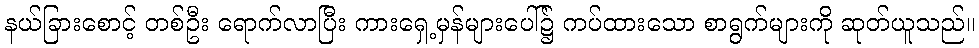
နယ်ခြားစောင့် တစ်ဦး ရောက်လာပြီး ကားရှေ့မှန်များပေါ်၌ ကပ်ထားသော စာရွက်များကို ဆုတ်ယူသည်။